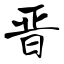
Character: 晋